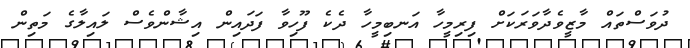
ދުވަސްތައް މާޒީވެދާވަރަކަށް ފިރިމީހާ އަނބިމީހާ ދެކެ ފޫހިވާ ފަދައިން އިޝާންވެސް ލައިލާގެ މަތިން